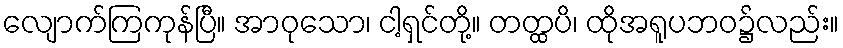
လျောက်ကြကုန်ပြီ။ အာဝုသော၊ ငါ့ရှင်တို့။ တတ္ထပိ၊ ထိုအရူပဘဝ၌လည်း။